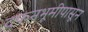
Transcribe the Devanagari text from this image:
दफनभूमीपासून